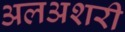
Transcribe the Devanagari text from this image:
अलअशरी